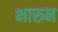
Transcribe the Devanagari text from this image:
भारुन